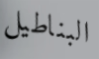
البناطيل